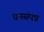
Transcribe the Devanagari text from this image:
धनसंपन्न